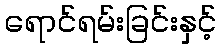
ရောင်ရမ်းခြင်းနှင့်